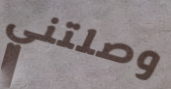
وصلتني